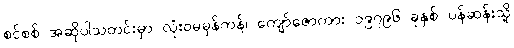
စင်စစ် အဆိုပါသတင်းမှာ လုံးဝမမှန်ကန်၊ ကျော်ဇောကား ၁၉၇၉၆ ခုနှစ် ပန်ဆန်းသို့